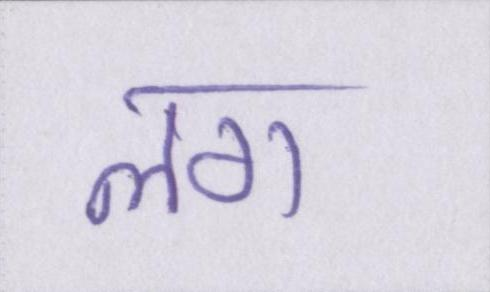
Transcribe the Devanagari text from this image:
लग